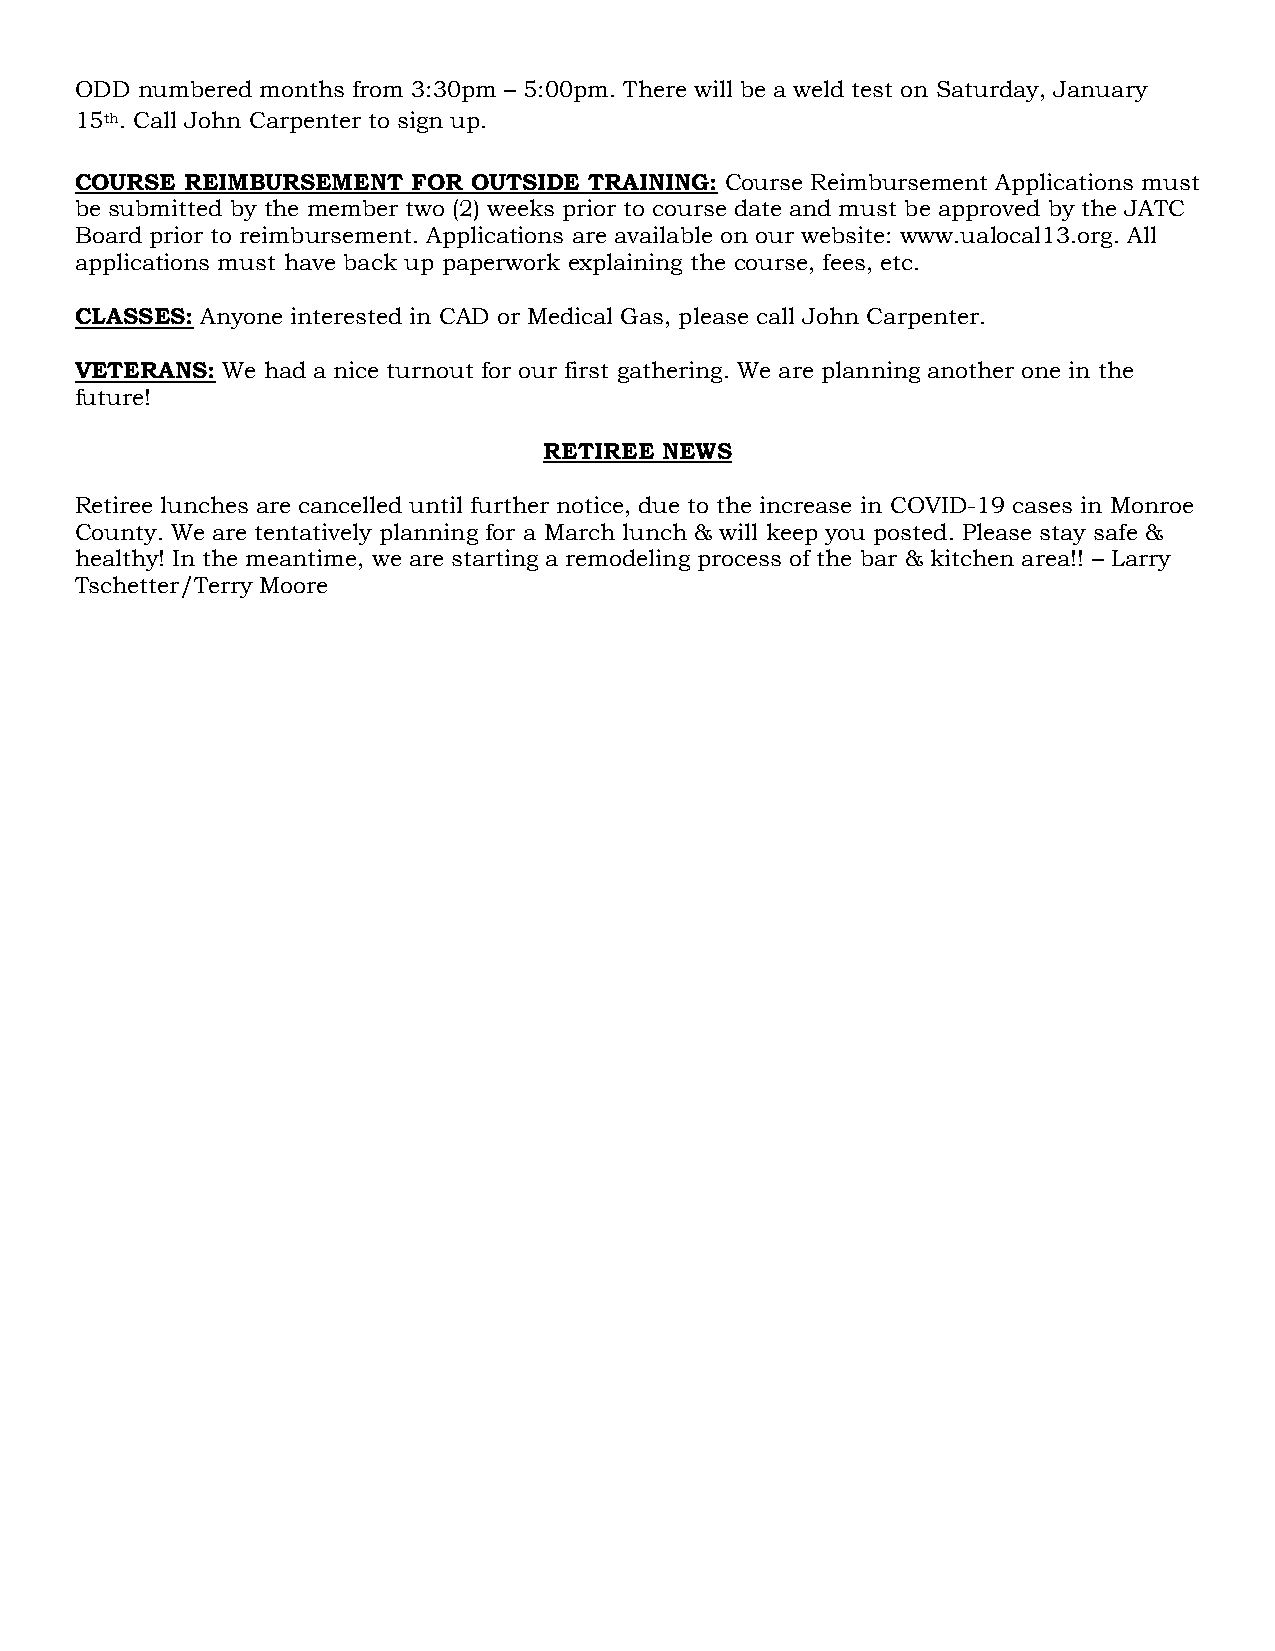
ODD numbered months from 3:30pm – 5:00pm. There will be a weld test on Saturday, January
 15th. Call John Carpenter to sign up.
 COURSE REIMBURSEMENT  FOR OUTSIDE TRAINING: Course Reimbursement Applications must
 be submitted by the member two (2) weeks prior to course date and must be approved by the JATC
 Board prior to reimbursement. Applications are available on our website: www.ualocal13.org. All
 applications must have back up paperwork explaining the course, fees, etc.
 CLASSES: Anyone interested in CAD or Medical Gas, please call John Carpenter.
 VETERANS: We had a nice turnout for our first gathering. We are planning another one in the
 future!
 RETIREE NEWS
 Retiree lunches are cancelled until further notice, due to the increase in COVID-19 cases in Monroe
 County. We are tentatively planning for a March lunch & will keep you posted. Please stay safe &
 healthy! In the meantime, we are starting a remodeling process of the bar & kitchen area!! – Larry
 Tschetter/Terry Moore